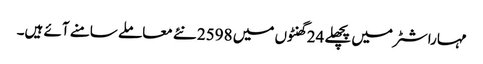
مہاراشٹر میں پچھلے 24 گھنٹوں میں 2598 نئے معاملے سامنے آئے ہیں۔